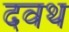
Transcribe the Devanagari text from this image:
दवथ